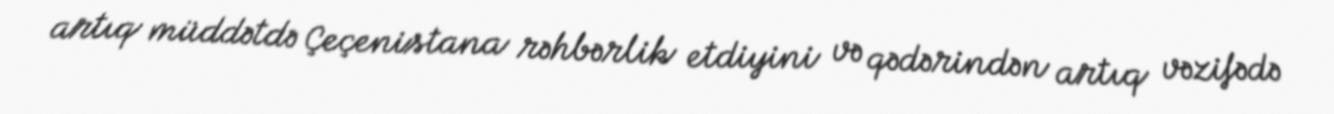
artıq müddətdə Çeçenistana rəhbərlik etdiyini və qədərindən artıq vəzifədə